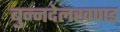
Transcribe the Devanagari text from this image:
बुन्नदेलखणड